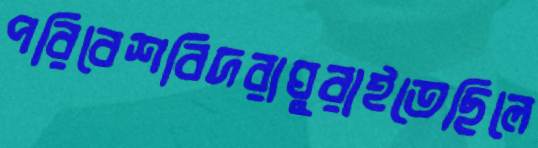
পরিবেশবিদরাঘুরাইতেছিলে